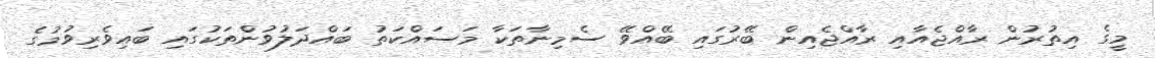
މީގެ އިތުރުން ރާއްޖެއާއި ރާއްޖެއިން ބޭރުގައި ބޭއްވޭ ސެމިނާތަކާ މަސައްކަތު ބައްދަލުވުންތަކުގައި ބައިވެރިވުމުގެ